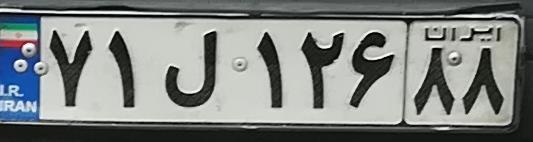
۷۱ل۱۲۶۸۸